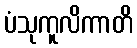
ပံသုကူလိကာတိ